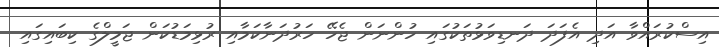
އިސްކުރައްވާ އަދި އެފަދަ ދަނޑިވަޅުތަކުގައި ހުންނަން ޖެހޭ ހަރުދަނާކަމާއި ރުޅިމަޑުކަން ޖަމީލްގެ ކިބައިގައި